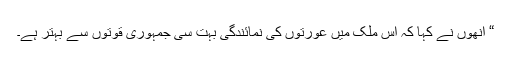
“ اُنھوں نے کہا کہ اس ملک میں عورتوں کی نمائندگی بہت سی جمہوری قوتوں سے بہتر ہے۔